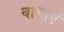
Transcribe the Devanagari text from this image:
बाधाऍं